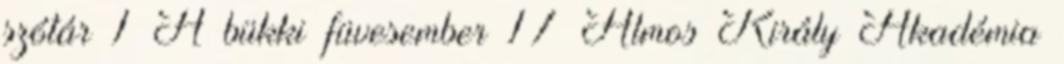
szótár 1 A bükki füvesember 17 Álmos Király Akadémia